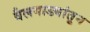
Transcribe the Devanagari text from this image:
बैलगाड्यांतून